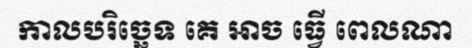
កាលបរិច្ឆេទ គេ អាច ធ្វើ ពេលណា